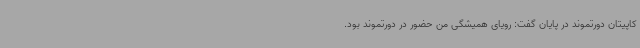
کاپیتان دورتموند در پایان گفت: رویای همیشگی من حضور در دورتموند بود.